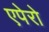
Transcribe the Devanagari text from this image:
एपेरो